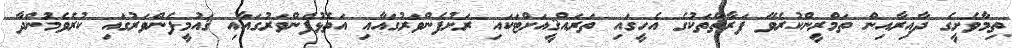
ތިމާވެށީގެ ދާއިރާއިން ތަމްރީންކުރެވޭ ފަރާތްތަކުގެ އެހީގައި ތަރައްޤީއަށްޓަކައި ރަށުފެންވަރުގައާއި އަތޮޅުފެންވަރުގައާއި ޤައުމީފެންވަރުގައި ކުރެވެމުންދާ